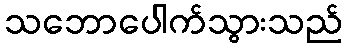
သဘောပေါက်သွားသည်